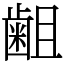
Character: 𪗱